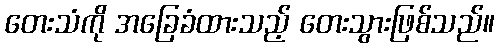
တေးသံကို အခြေခံထားသည့် တေးသွားဖြစ်သည်။